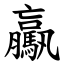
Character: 驘